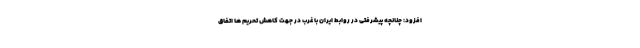
افزود: چنانچه پیشرفتی در روابط ایران با غرب در جهت کاهش تحریم ها اتفاق